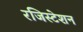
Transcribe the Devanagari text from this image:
रजिस्टेशन